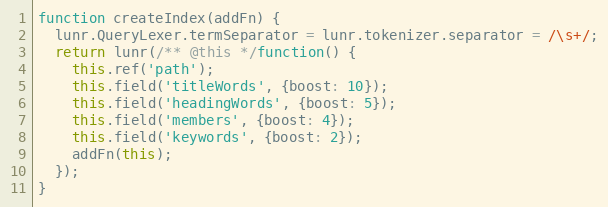
Language: JavaScript
function createIndex(addFn) {
  lunr.QueryLexer.termSeparator = lunr.tokenizer.separator = /\s+/;
  return lunr(/** @this */function() {
    this.ref('path');
    this.field('titleWords', {boost: 10});
    this.field('headingWords', {boost: 5});
    this.field('members', {boost: 4});
    this.field('keywords', {boost: 2});
    addFn(this);
  });
}